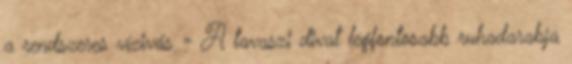
a rendszeres vízivás » A tavaszi divat legfontosabb ruhadarabja